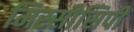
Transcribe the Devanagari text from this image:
मिस्सीसिपी